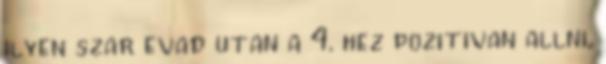
ilyen szar evad utan a 4. hez pozitivan allni,